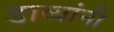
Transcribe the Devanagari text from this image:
डाव्यांनी